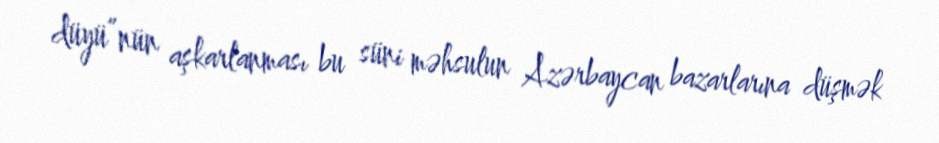
düyü”nün aşkarlanması bu süni məhsulun Azərbaycan bazarlarına düşmək